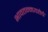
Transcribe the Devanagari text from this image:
भावतन्मयतेचे